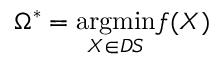
\Omega ^ { * } = \underset { X \in D S } { \mathrm { a r g m i n } } f ( X )